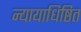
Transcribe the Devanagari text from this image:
न्यायाधिष्ठित